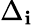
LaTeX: \Delta_{\mathbf{i}}